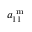
a _ { 1 1 } ^ { \mathrm { ~ m ~ } }